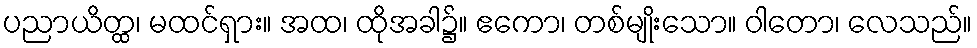
ပညာယိတ္ထ၊ မထင်ရှား။ အထ၊ ထိုအခါ၌။ ဧကော၊ တစ်မျိုးသော။ ဝါတော၊ လေသည်။